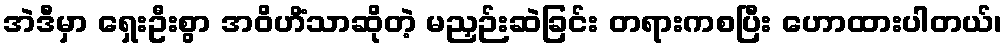
အဲဒီမှာ ရှေးဦးစွာ အဝိဟိံသာဆိုတဲ့ မညှဉ်းဆဲခြင်း တရားကစပြီး ဟောထားပါတယ်၊